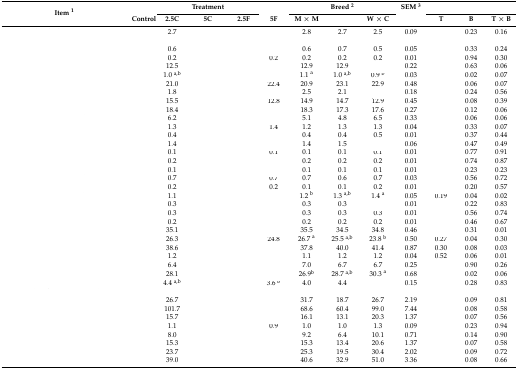
<table><thead><tr><td rowspan="2"><b>Item <sup>1</sup></b></td><td>[EMPTY_CELL]</td><td colspan="3"><b>Treatment</b></td><td>[EMPTY_CELL]</td><td colspan="3"><b>Breed <sup>2</sup></b></td><td><b>SEM <sup>3</sup></b></td><td colspan="3">[EMPTY_CELL]</td></tr><tr><td><b>Control</b></td><td><b>2.5C</b></td><td><b>5C</b></td><td><b>2.5F</b></td><td><b>5F</b></td><td><b>M × M</b></td><td>[EMPTY_CELL]</td><td><b>W × C</b></td><td>[EMPTY_CELL]</td><td><b>T</b></td><td><b>B</b></td><td><b>T × B</b></td></tr></thead><tbody><tr><td>[EMPTY_CELL]</td><td>[EMPTY_CELL]</td><td>2.7</td><td>[EMPTY_CELL]</td><td>[EMPTY_CELL]</td><td>[EMPTY_CELL]</td><td>2.8</td><td>2.7</td><td>2.5</td><td>0.09</td><td>[EMPTY_CELL]</td><td>0.23</td><td>0.16</td></tr><tr><td colspan="7">[EMPTY_CELL]</td><td>[EMPTY_CELL]</td><td>[EMPTY_CELL]</td><td>[EMPTY_CELL]</td><td>[EMPTY_CELL]</td><td>[EMPTY_CELL]</td><td>[EMPTY_CELL]</td></tr><tr><td>[EMPTY_CELL]</td><td>[EMPTY_CELL]</td><td>0.6</td><td>[EMPTY_CELL]</td><td>[EMPTY_CELL]</td><td>[EMPTY_CELL]</td><td>0.6</td><td>0.7</td><td>0.5</td><td>0.05</td><td>[EMPTY_CELL]</td><td>0.33</td><td>0.24</td></tr><tr><td>[EMPTY_CELL]</td><td>[EMPTY_CELL]</td><td>0.2</td><td>[EMPTY_CELL]</td><td>[EMPTY_CELL]</td><td>0.2</td><td>0.2</td><td>0.2</td><td>0.2</td><td>0.01</td><td>[EMPTY_CELL]</td><td>0.94</td><td>0.30</td></tr><tr><td>[EMPTY_CELL]</td><td>[EMPTY_CELL]</td><td>12.5</td><td>[EMPTY_CELL]</td><td>[EMPTY_CELL]</td><td>[EMPTY_CELL]</td><td>12.9</td><td>12.9</td><td>[EMPTY_CELL]</td><td>0.22</td><td>[EMPTY_CELL]</td><td>0.63</td><td>0.06</td></tr><tr><td>[EMPTY_CELL]</td><td>[EMPTY_CELL]</td><td>1.0 <sup>a,b</sup></td><td>[EMPTY_CELL]</td><td>[EMPTY_CELL]</td><td>[EMPTY_CELL]</td><td>1.1 <sup>a</sup></td><td>1.0 <sup>a,b</sup></td><td>0.9 <sup>b</sup></td><td>0.03</td><td>[EMPTY_CELL]</td><td>0.02</td><td>0.07</td></tr><tr><td>[EMPTY_CELL]</td><td>[EMPTY_CELL]</td><td>21.0</td><td>[EMPTY_CELL]</td><td>[EMPTY_CELL]</td><td>22.4</td><td>20.9</td><td>23.1</td><td>22.9</td><td>0.48</td><td>[EMPTY_CELL]</td><td>0.06</td><td>0.07</td></tr><tr><td>[EMPTY_CELL]</td><td>[EMPTY_CELL]</td><td>1.8</td><td>[EMPTY_CELL]</td><td>[EMPTY_CELL]</td><td>[EMPTY_CELL]</td><td>2.5</td><td>2.1</td><td>[EMPTY_CELL]</td><td>0.18</td><td>[EMPTY_CELL]</td><td>0.24</td><td>0.56</td></tr><tr><td>[EMPTY_CELL]</td><td>[EMPTY_CELL]</td><td>15.5</td><td>[EMPTY_CELL]</td><td>[EMPTY_CELL]</td><td>12.8</td><td>14.9</td><td>14.7</td><td>12.9</td><td>0.45</td><td>[EMPTY_CELL]</td><td>0.08</td><td>0.39</td></tr><tr><td>[EMPTY_CELL]</td><td>[EMPTY_CELL]</td><td>18.4</td><td>[EMPTY_CELL]</td><td>[EMPTY_CELL]</td><td>[EMPTY_CELL]</td><td>18.3</td><td>17.3</td><td>17.6</td><td>0.27</td><td>[EMPTY_CELL]</td><td>0.12</td><td>0.06</td></tr><tr><td>[EMPTY_CELL]</td><td>[EMPTY_CELL]</td><td>6.2</td><td>[EMPTY_CELL]</td><td>[EMPTY_CELL]</td><td>[EMPTY_CELL]</td><td>5.1</td><td>4.8</td><td>6.5</td><td>0.33</td><td>[EMPTY_CELL]</td><td>0.06</td><td>0.06</td></tr><tr><td>[EMPTY_CELL]</td><td>[EMPTY_CELL]</td><td>1.3</td><td>[EMPTY_CELL]</td><td>[EMPTY_CELL]</td><td>1.4</td><td>1.2</td><td>1.3</td><td>1.3</td><td>0.04</td><td>[EMPTY_CELL]</td><td>0.33</td><td>0.07</td></tr><tr><td>[EMPTY_CELL]</td><td>[EMPTY_CELL]</td><td>0.4</td><td>[EMPTY_CELL]</td><td>[EMPTY_CELL]</td><td>[EMPTY_CELL]</td><td>0.4</td><td>0.4</td><td>0.5</td><td>0.01</td><td>[EMPTY_CELL]</td><td>0.37</td><td>0.44</td></tr><tr><td>[EMPTY_CELL]</td><td>[EMPTY_CELL]</td><td>1.4</td><td>[EMPTY_CELL]</td><td>[EMPTY_CELL]</td><td>[EMPTY_CELL]</td><td>1.4</td><td>1.5</td><td>[EMPTY_CELL]</td><td>0.06</td><td>[EMPTY_CELL]</td><td>0.47</td><td>0.49</td></tr><tr><td>[EMPTY_CELL]</td><td>[EMPTY_CELL]</td><td>0.1</td><td>[EMPTY_CELL]</td><td>[EMPTY_CELL]</td><td>0.1</td><td>0.1</td><td>0.1</td><td>0.1</td><td>0.01</td><td>[EMPTY_CELL]</td><td>0.77</td><td>0.91</td></tr><tr><td>[EMPTY_CELL]</td><td>[EMPTY_CELL]</td><td>0.2</td><td>[EMPTY_CELL]</td><td>[EMPTY_CELL]</td><td>[EMPTY_CELL]</td><td>0.2</td><td>0.2</td><td>0.2</td><td>0.01</td><td>[EMPTY_CELL]</td><td>0.74</td><td>0.87</td></tr><tr><td>[EMPTY_CELL]</td><td>[EMPTY_CELL]</td><td>0.1</td><td>[EMPTY_CELL]</td><td>[EMPTY_CELL]</td><td>[EMPTY_CELL]</td><td>0.1</td><td>0.1</td><td>0.1</td><td>0.01</td><td>[EMPTY_CELL]</td><td>0.23</td><td>0.23</td></tr><tr><td>[EMPTY_CELL]</td><td>[EMPTY_CELL]</td><td>0.7</td><td>[EMPTY_CELL]</td><td>[EMPTY_CELL]</td><td>0.7</td><td>0.7</td><td>0.6</td><td>0.7</td><td>0.03</td><td>[EMPTY_CELL]</td><td>0.56</td><td>0.72</td></tr><tr><td>[EMPTY_CELL]</td><td>[EMPTY_CELL]</td><td>0.2</td><td>[EMPTY_CELL]</td><td>[EMPTY_CELL]</td><td>0.2</td><td>0.1</td><td>0.1</td><td>0.2</td><td>0.01</td><td>[EMPTY_CELL]</td><td>0.20</td><td>0.57</td></tr><tr><td>[EMPTY_CELL]</td><td>[EMPTY_CELL]</td><td>1.1</td><td>[EMPTY_CELL]</td><td>[EMPTY_CELL]</td><td>[EMPTY_CELL]</td><td>1.2 <sup>b</sup></td><td>1.3 <sup>a,b</sup></td><td>1.4 <sup>a</sup></td><td>0.05</td><td>0.19</td><td>0.04</td><td>0.02</td></tr><tr><td>[EMPTY_CELL]</td><td>[EMPTY_CELL]</td><td>0.3</td><td>[EMPTY_CELL]</td><td>[EMPTY_CELL]</td><td>[EMPTY_CELL]</td><td>0.3</td><td>0.3</td><td>[EMPTY_CELL]</td><td>0.01</td><td>[EMPTY_CELL]</td><td>0.22</td><td>0.83</td></tr><tr><td>[EMPTY_CELL]</td><td>[EMPTY_CELL]</td><td>0.3</td><td>[EMPTY_CELL]</td><td>[EMPTY_CELL]</td><td>[EMPTY_CELL]</td><td>0.3</td><td>0.3</td><td>0.3</td><td>0.01</td><td>[EMPTY_CELL]</td><td>0.56</td><td>0.74</td></tr><tr><td>[EMPTY_CELL]</td><td>[EMPTY_CELL]</td><td>0.2</td><td>[EMPTY_CELL]</td><td>[EMPTY_CELL]</td><td>[EMPTY_CELL]</td><td>0.2</td><td>0.2</td><td>0.2</td><td>0.01</td><td>[EMPTY_CELL]</td><td>0.46</td><td>0.67</td></tr><tr><td>[EMPTY_CELL]</td><td>[EMPTY_CELL]</td><td>35.1</td><td>[EMPTY_CELL]</td><td>[EMPTY_CELL]</td><td>[EMPTY_CELL]</td><td>35.5</td><td>34.5</td><td>34.8</td><td>0.46</td><td>[EMPTY_CELL]</td><td>0.31</td><td>0.01</td></tr><tr><td>[EMPTY_CELL]</td><td>[EMPTY_CELL]</td><td>26.3</td><td>[EMPTY_CELL]</td><td>[EMPTY_CELL]</td><td>24.8</td><td>26.7 <sup>a</sup></td><td>25.5 <sup>a,b</sup></td><td>23.8 <sup>b</sup></td><td>0.50</td><td>0.27</td><td>0.04</td><td>0.30</td></tr><tr><td>[EMPTY_CELL]</td><td>[EMPTY_CELL]</td><td>38.6</td><td>[EMPTY_CELL]</td><td>[EMPTY_CELL]</td><td>[EMPTY_CELL]</td><td>37.8</td><td>40.0</td><td>41.4</td><td>0.87</td><td>0.30</td><td>0.08</td><td>0.03</td></tr><tr><td>[EMPTY_CELL]</td><td>[EMPTY_CELL]</td><td>1.2</td><td>[EMPTY_CELL]</td><td>[EMPTY_CELL]</td><td>[EMPTY_CELL]</td><td>1.1</td><td>1.2</td><td>1.2</td><td>0.04</td><td>0.52</td><td>0.06</td><td>0.01</td></tr><tr><td>[EMPTY_CELL]</td><td>[EMPTY_CELL]</td><td>6.4</td><td>[EMPTY_CELL]</td><td>[EMPTY_CELL]</td><td>[EMPTY_CELL]</td><td>7.0</td><td>6.7</td><td>6.7</td><td>0.25</td><td>[EMPTY_CELL]</td><td>0.90</td><td>0.26</td></tr><tr><td>[EMPTY_CELL]</td><td>[EMPTY_CELL]</td><td>28.1</td><td>[EMPTY_CELL]</td><td>[EMPTY_CELL]</td><td>[EMPTY_CELL]</td><td>26.9<sup>b</sup></td><td>28.7 <sup>a,b</sup></td><td>30.3 <sup>a</sup></td><td>0.68</td><td>[EMPTY_CELL]</td><td>0.02</td><td>0.06</td></tr><tr><td>[EMPTY_CELL]</td><td>[EMPTY_CELL]</td><td>4.4 <sup>a,b</sup></td><td>[EMPTY_CELL]</td><td>[EMPTY_CELL]</td><td>3.6 <sup>b</sup></td><td>4.0</td><td>4.4</td><td>[EMPTY_CELL]</td><td>0.15</td><td>[EMPTY_CELL]</td><td>0.28</td><td>0.83</td></tr><tr><td colspan="5">[EMPTY_CELL]</td><td>[EMPTY_CELL]</td><td>[EMPTY_CELL]</td><td>[EMPTY_CELL]</td><td>[EMPTY_CELL]</td><td>[EMPTY_CELL]</td><td>[EMPTY_CELL]</td><td>[EMPTY_CELL]</td><td>[EMPTY_CELL]</td></tr><tr><td>[EMPTY_CELL]</td><td>[EMPTY_CELL]</td><td>26.7</td><td>[EMPTY_CELL]</td><td>[EMPTY_CELL]</td><td>[EMPTY_CELL]</td><td>31.7</td><td>18.7</td><td>26.7</td><td>2.19</td><td>[EMPTY_CELL]</td><td>0.09</td><td>0.81</td></tr><tr><td>[EMPTY_CELL]</td><td>[EMPTY_CELL]</td><td>101.7</td><td>[EMPTY_CELL]</td><td>[EMPTY_CELL]</td><td>[EMPTY_CELL]</td><td>68.6</td><td>60.4</td><td>99.0</td><td>7.44</td><td>[EMPTY_CELL]</td><td>0.08</td><td>0.58</td></tr><tr><td>[EMPTY_CELL]</td><td>[EMPTY_CELL]</td><td>15.7</td><td>[EMPTY_CELL]</td><td>[EMPTY_CELL]</td><td>[EMPTY_CELL]</td><td>16.1</td><td>13.1</td><td>20.3</td><td>1.37</td><td>[EMPTY_CELL]</td><td>0.07</td><td>0.56</td></tr><tr><td>[EMPTY_CELL]</td><td>[EMPTY_CELL]</td><td>1.1</td><td>[EMPTY_CELL]</td><td>[EMPTY_CELL]</td><td>0.9</td><td>1.0</td><td>1.0</td><td>1.3</td><td>0.09</td><td>[EMPTY_CELL]</td><td>0.23</td><td>0.94</td></tr><tr><td>[EMPTY_CELL]</td><td>[EMPTY_CELL]</td><td>8.0</td><td>[EMPTY_CELL]</td><td>[EMPTY_CELL]</td><td>[EMPTY_CELL]</td><td>9.2</td><td>6.4</td><td>10.1</td><td>0.71</td><td>[EMPTY_CELL]</td><td>0.14</td><td>0.90</td></tr><tr><td>[EMPTY_CELL]</td><td>[EMPTY_CELL]</td><td>15.3</td><td>[EMPTY_CELL]</td><td>[EMPTY_CELL]</td><td>[EMPTY_CELL]</td><td>15.3</td><td>13.4</td><td>20.6</td><td>1.37</td><td>[EMPTY_CELL]</td><td>0.07</td><td>0.58</td></tr><tr><td>[EMPTY_CELL]</td><td>[EMPTY_CELL]</td><td>23.7</td><td>[EMPTY_CELL]</td><td>[EMPTY_CELL]</td><td>[EMPTY_CELL]</td><td>25.3</td><td>19.5</td><td>30.4</td><td>2.02</td><td>[EMPTY_CELL]</td><td>0.09</td><td>0.72</td></tr><tr><td>[EMPTY_CELL]</td><td>[EMPTY_CELL]</td><td>39.0</td><td>[EMPTY_CELL]</td><td>[EMPTY_CELL]</td><td>[EMPTY_CELL]</td><td>40.6</td><td>32.9</td><td>51.0</td><td>3.36</td><td>[EMPTY_CELL]</td><td>0.08</td><td>0.66</td></tr></tbody></table>